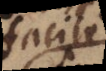
facile